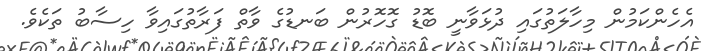
އެހެންކަމުން މިހާލަތުގައި ދުޅަވާނީ ބޮޑު ގޮހޮރުން ބަނޑުގެ ވާތް ފަރާތުގައިވާ ހިސާބު ތަކެވެ.